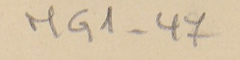
MG1-47